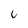
Character: i